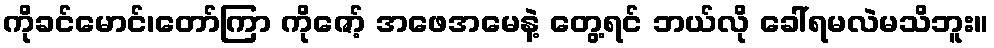
ကိုခင်မောင်၊တော်ကြာ ကိုဇော့် အဖေအမေနဲ့ တွေ့ရင် ဘယ်လို ခေါ်ရမလဲမသိဘူး။